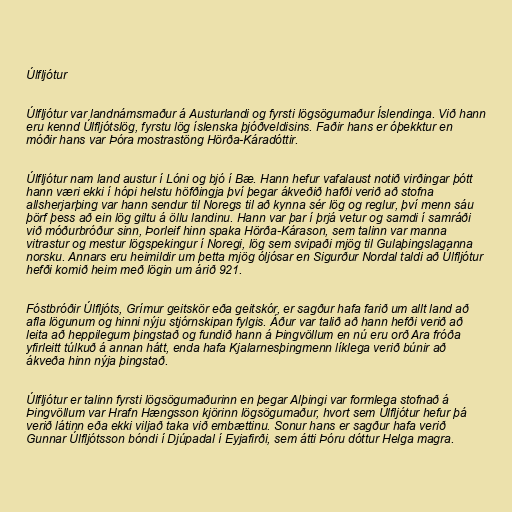
Úlfljótur

Úlfljótur var landnámsmaður á Austurlandi og fyrsti lögsögumaður Íslendinga. Við hann
eru kennd Úlfljótslög, fyrstu lög íslenska þjóðveldisins. Faðir hans er óþekktur en
móðir hans var Þóra mostrastöng Hörða-Káradóttir.

Úlfljótur nam land austur í Lóni og bjó í Bæ. Hann hefur vafalaust notið virðingar þótt
hann væri ekki í hópi helstu höfðingja því þegar ákveðið hafði verið að stofna
allsherjarþing var hann sendur til Noregs til að kynna sér lög og reglur, því menn sáu
þörf þess að ein lög giltu á öllu landinu. Hann var þar í þrjá vetur og samdi í samráði
við móðurbróður sinn, Þorleif hinn spaka Hörða-Kárason, sem talinn var manna
vitrastur og mestur lögspekingur í Noregi, lög sem svipaði mjög til Gulaþingslaganna
norsku. Annars eru heimildir um þetta mjög óljósar en Sigurður Nordal taldi að Úlfljótur
hefði komið heim með lögin um árið 921.

Fóstbróðir Úlfljóts, Grímur geitskör eða geitskór, er sagður hafa farið um allt land að
afla lögunum og hinni nýju stjórnskipan fylgis. Áður var talið að hann hefði verið að
leita að heppilegum þingstað og fundið hann á Þingvöllum en nú eru orð Ara fróða
yfirleitt túlkuð á annan hátt, enda hafa Kjalarnesþingmenn líklega verið búnir að
ákveða hinn nýja þingstað.

Úlfljótur er talinn fyrsti lögsögumaðurinn en þegar Alþingi var formlega stofnað á
Þingvöllum var Hrafn Hængsson kjörinn lögsögumaður, hvort sem Úlfljótur hefur þá
verið látinn eða ekki viljað taka við embættinu. Sonur hans er sagður hafa verið
Gunnar Úlfljótsson bóndi í Djúpadal í Eyjafirði, sem átti Þóru dóttur Helga magra.